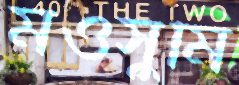
মওসুমি